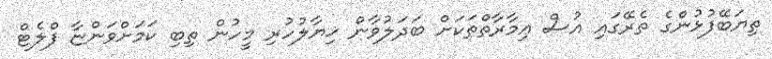
ތިޔަބޭފުޅުންގެ ތެރޭގައި އުސް ޢިމާރާތްތަކަށް ބަދަލުވާން ޚިޔާލުހުރި މީހުން ތިބި ކަމަށްވަންޏާ ފްލެޓް